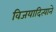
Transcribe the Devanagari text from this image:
विजयादित्याने